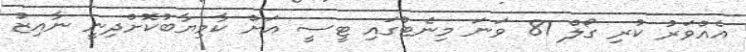
އެއްވަރު ކުރި ގޯލް 81 ވަނަ މިނެޓުގައި ޓީސީ އަށް ކާމިޔާބުކޮށްދިނީ ނާއިޒު